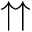
\upuparrows